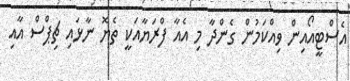
އެސްޓީއޯއިން ވިއްކަމުން ގެންދާ މި އެއާ ފްރަޔާއަކީ ތެޔޮ ނާޅައި ޗިޕްސް އާއި